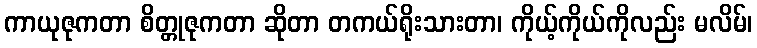
ကာယုဇုကတာ စိတ္တုဇုကတာ ဆိုတာ တကယ်ရိုးသားတာ၊ ကိုယ့်ကိုယ်ကိုလည်း မလိမ်၊